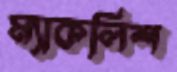
ম্যাকলিশ